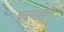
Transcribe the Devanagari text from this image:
प्रबंधक्कूत्तु